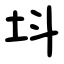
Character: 㘰